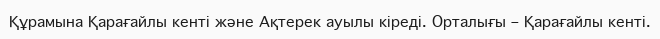
Құрамына Қарағайлы кенті және Ақтерек ауылы кіреді. Орталығы – Қарағайлы кенті.